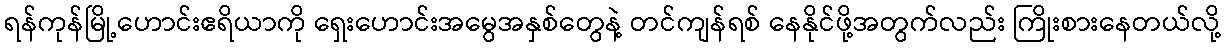
ရန်ကုန်မြို့ဟောင်းဧရိယာကို ရှေးဟောင်းအမွေအနှစ်တွေနဲ့ တင်ကျန်ရစ် နေနိုင်ဖို့အတွက်လည်း ကြိုးစားနေတယ်လို့